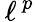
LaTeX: \, \ell^{\, p\ }